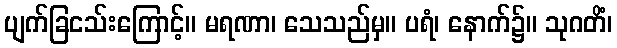
ပျက်ခြငသ်းကြောင့်။ မရဏာ၊ သေသည်မှ။ ပရံ၊ နောက်၌။ သုဂတိံ၊